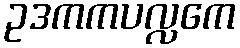
ဥဒကကပလ္လကေ